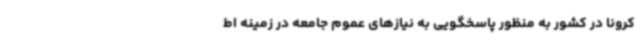
کرونا در کشور به منظور پاسخگویی به نیازهای عموم جامعه در زمینه اط